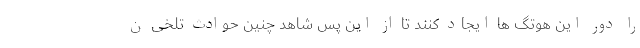
را دور این هوتگ ها ایجاد کنند تا از این پس شاهد چنین حوادث تلخی ن